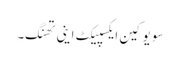
سو یو کین ایکسپیکٹ اینی تھنگ۔